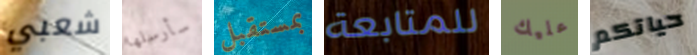
شعبي سأرسلها بمستقبل للمتابعة عليك حياتكم